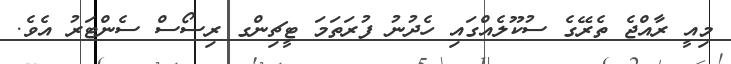
މިއީ ރާއްޖެ ތެރޭގެ ސުކޫލެއްގައި ހެދުނު ފުރަތަމަ ޓީޗިންގ ރިސޯސް ސެންޓަރު އެވެ.